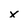
Character: x